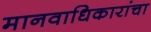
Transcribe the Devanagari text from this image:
मानवाधिकारांचा